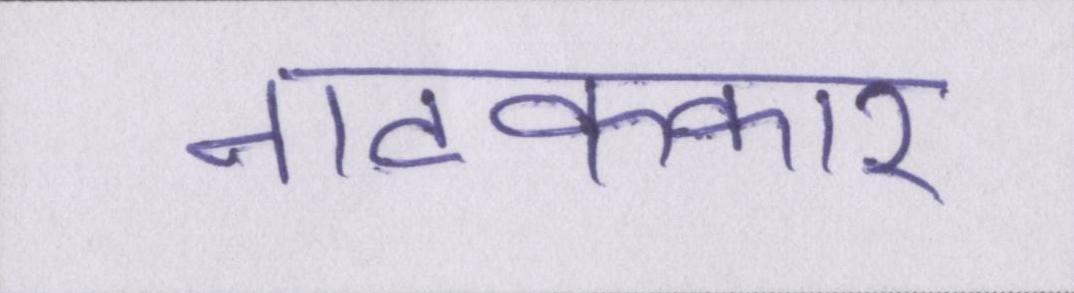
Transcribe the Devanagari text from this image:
नाटककार